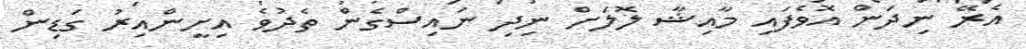
އެރޭ ނިދަން އޮވެފައި މާއިޝާ ލޮލަށް ނިދި ނައިސްގެން ތެދުވެ އިށީންއިރު ގަޑިން